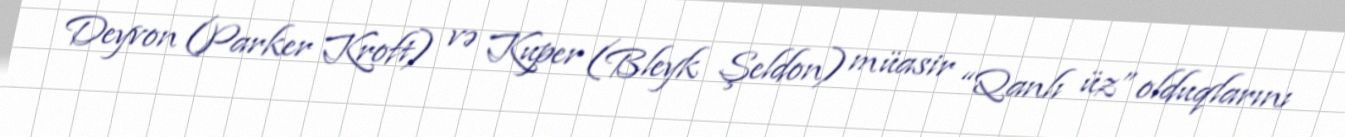
Deyvon (Parker Kroft) və Kuper (Bleyk Şeldon) müasir “Qanlı üz” olduqlarını